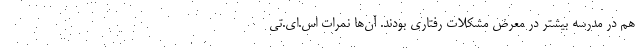
هم در مدرسه بیشتر در معرض مشکلات رفتاری بودند. آن‌ها نمرات اس.اِی.تی